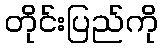
တိုင်းပြည်ကို